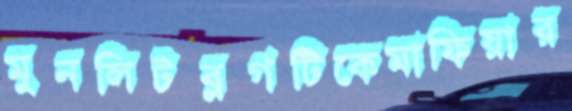
মুনলিটব্লগটিকেমাফিয়ার